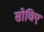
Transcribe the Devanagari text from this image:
सोचिए